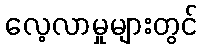
လေ့လာမှုများတွင်